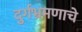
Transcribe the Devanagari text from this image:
दुर्गभ्रमणाचे